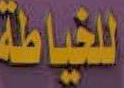
للخياطة